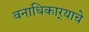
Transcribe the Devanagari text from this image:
वनाधिकार्‍याचे